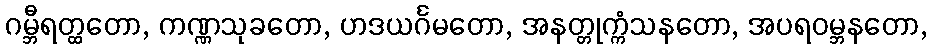
ဂမ္ဘီရတ္ထတော, ကဏ္ဏသုခတော, ဟဒယင်္ဂမတော, အနတ္တုက္ကံသနတော, အပရဝမ္ဘနတော,